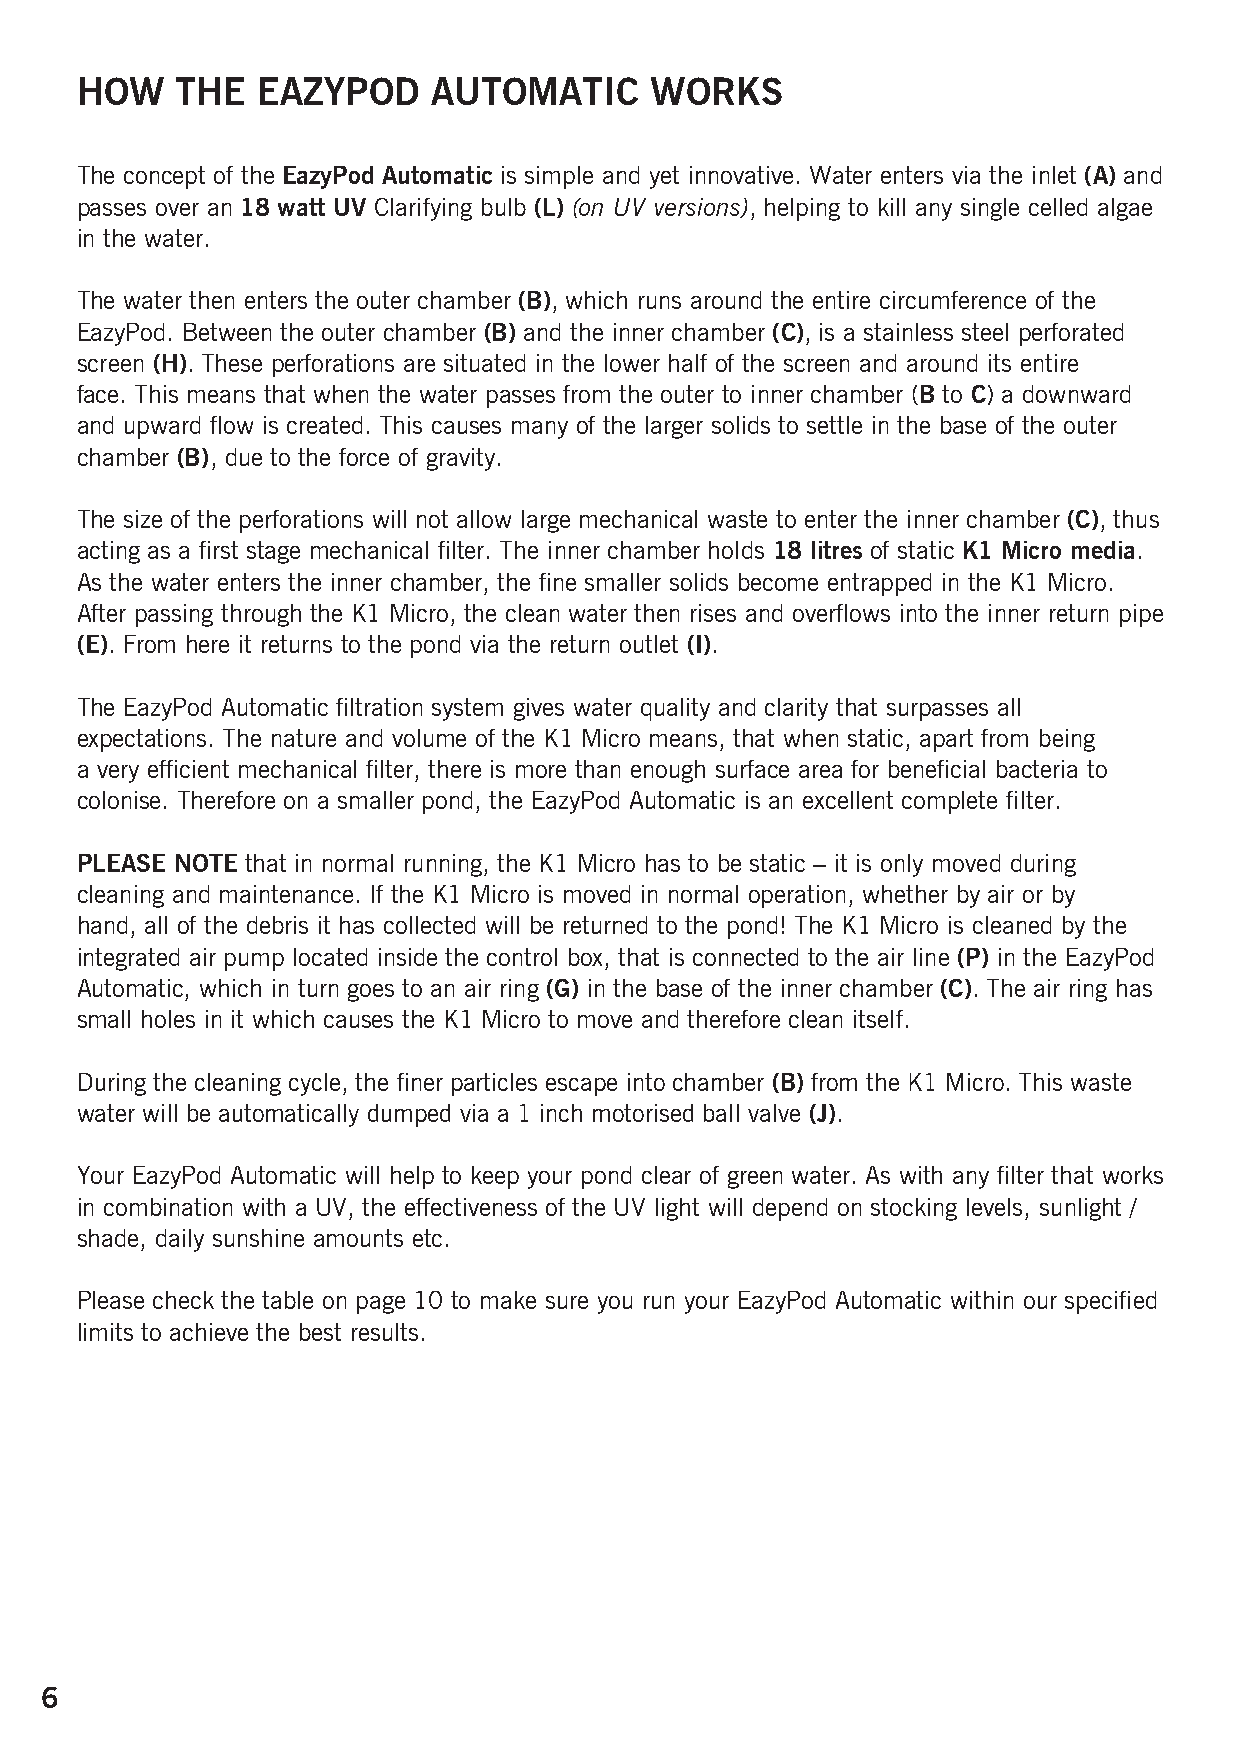
HOW    THE  EAZYPOD     AUTOMATIC     WORKS
 The concept of the EazyPod Automatic is simple and yet innovative. Water enters via the inlet (A) and
 passes over an 18 watt UV Clarifying bulb (L) (on UV versions), helping to kill any single celled algae
 in the water.
 The water then enters the outer chamber (B), which runs around the entire circumference of the
 EazyPod. Between the outer chamber (B) and the inner chamber (C), is a stainless steel perforated
 screen (H). These perforations are situated in the lower half of the screen and around its entire
 face. This means that when the water passes from the outer to inner chamber (B to C) a downward
 and upward flow is created. This causes many of the larger solids to settle in the base of the outer
 chamber (B), due to the force of gravity.
 The size of the perforations will not allow large mechanical waste to enter the inner chamber (C), thus
 acting as a first stage mechanical filter. The inner chamber holds 18 litres of static K1 Micro media.
 As the water enters the inner chamber, the fine smaller solids become entrapped in the K1 Micro.
 After passing through the K1 Micro, the clean water then rises and overflows into the inner return pipe
 (E). From here it returns to the pond via the return outlet (I).
 The EazyPod Automatic filtration system gives water quality and clarity that surpasses all
 expectations. The nature and volume of the K1 Micro means, that when static, apart from being
 a very efficient mechanical filter, there is more than enough surface area for beneficial bacteria to
 colonise. Therefore on a smaller pond, the EazyPod Automatic is an excellent complete filter.
 PLEASE NOTE that in normal running, the K1 Micro has to be static – it is only moved during
 cleaning and maintenance. If the K1 Micro is moved in normal operation, whether by air or by
 hand, all of the debris it has collected will be returned to the pond! The K1 Micro is cleaned by the
 integrated air pump located inside the control box, that is connected to the air line (P) in the EazyPod
 Automatic, which in turn goes to an air ring (G) in the base of the inner chamber (C). The air ring has
 small holes in it which causes the K1 Micro to move and therefore clean itself.
 During the cleaning cycle, the finer particles escape into chamber (B) from the K1 Micro. This waste
 water will be automatically dumped via a 1 inch motorised ball valve (J).
 Your EazyPod Automatic will help to keep your pond clear of green water. As with any filter that works
 in combination with a UV, the effectiveness of the UV light will depend on stocking levels, sunlight /
 shade, daily sunshine amounts etc.
 Please check the table on page 10 to make sure you run your EazyPod Automatic within our specified
 limits to achieve the best results.
 6